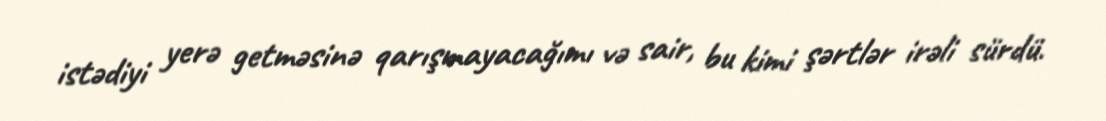
istədiyi yerə getməsinə qarışmayacağımı və sair, bu kimi şərtlər irəli sürdü.